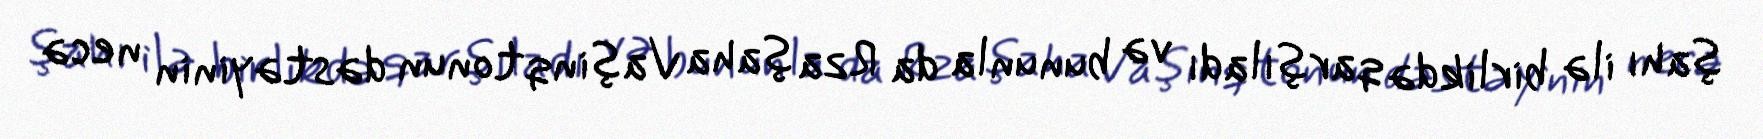
şahı ilə birlikdə qarşıladı və bununla da Rza şaha Vaşinqtonun dəstəyinin necə